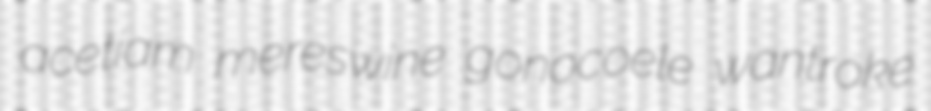
acetiam mereswine gonocoele wantroke